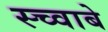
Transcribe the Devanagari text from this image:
स्च्वाबे